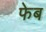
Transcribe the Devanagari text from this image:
फेब